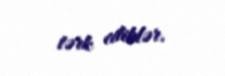
tərk ediblər.